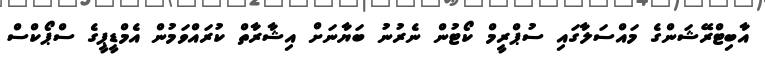
އާބިޓްރޭޝަންގެ މައްސަލާގައި ސުޕްރީމް ކޯޓުން ނެރުނު ބަޔާނަށް އިޝާރާތް ކުރައްވަމުން އެމްޑީޕީގެ ސްޕޯކްސް